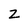
Character: Z